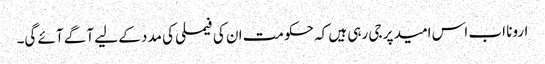
ارونا اب اس امید پر جی رہی ہیں کہ حکومت ان کی فیملی کی مدد کے لیے آگے آئے گی۔